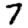
Digit: 7